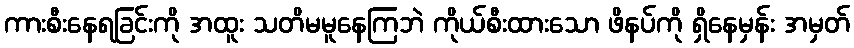
ကားစီးနေရခြင်းကို အထူး သတိမမူနေကြဘဲ ကိုယ်စီးထားသော ဖိနပ်ကို ရှိနေမှန်း အမှတ်